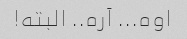
اوه... آره.. البته!